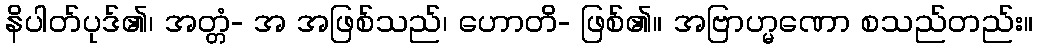
နိပါတ်ပုဒ်၏၊ အတ္တံ- အ အဖြစ်သည်၊ ဟောတိ- ဖြစ်၏။ အဗြာဟ္မဏော စသည်တည်း။